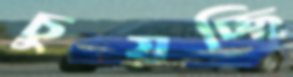
চুয়চ্ছি